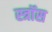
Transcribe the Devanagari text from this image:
स्त्रॉस